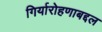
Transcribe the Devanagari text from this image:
गिर्यारोहणाबद्दल